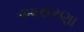
આસરણા